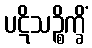
ပဋိသဉ္စိက္ခိံ